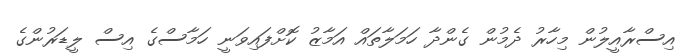
އިސްރާއީލުން މިހާރު ދެމުން ގެންދާ ހަމަލާތައް އަމާޒު ކޮށްފައިވަނީ ހަމާސްގެ އިސް ލީޑަރުންގެ